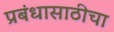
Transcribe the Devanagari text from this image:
प्रबंधासाठीचा